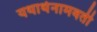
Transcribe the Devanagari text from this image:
यथार्थनामवती